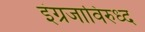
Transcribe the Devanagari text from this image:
इंग्रजाविरुध्द